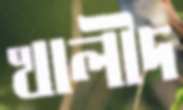
খালীদ